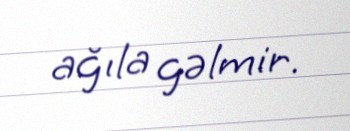
ağıla gəlmir.